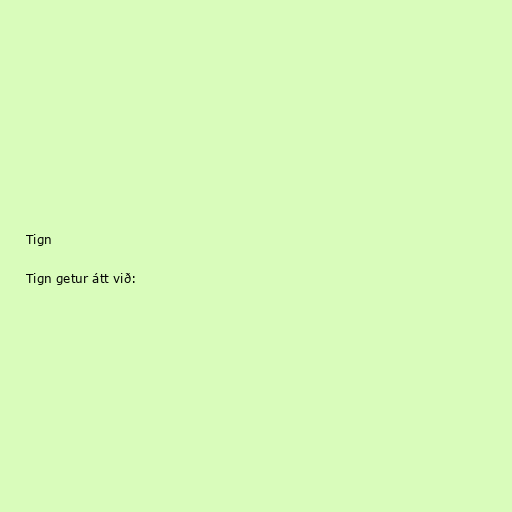
Tign

Tign getur átt við: